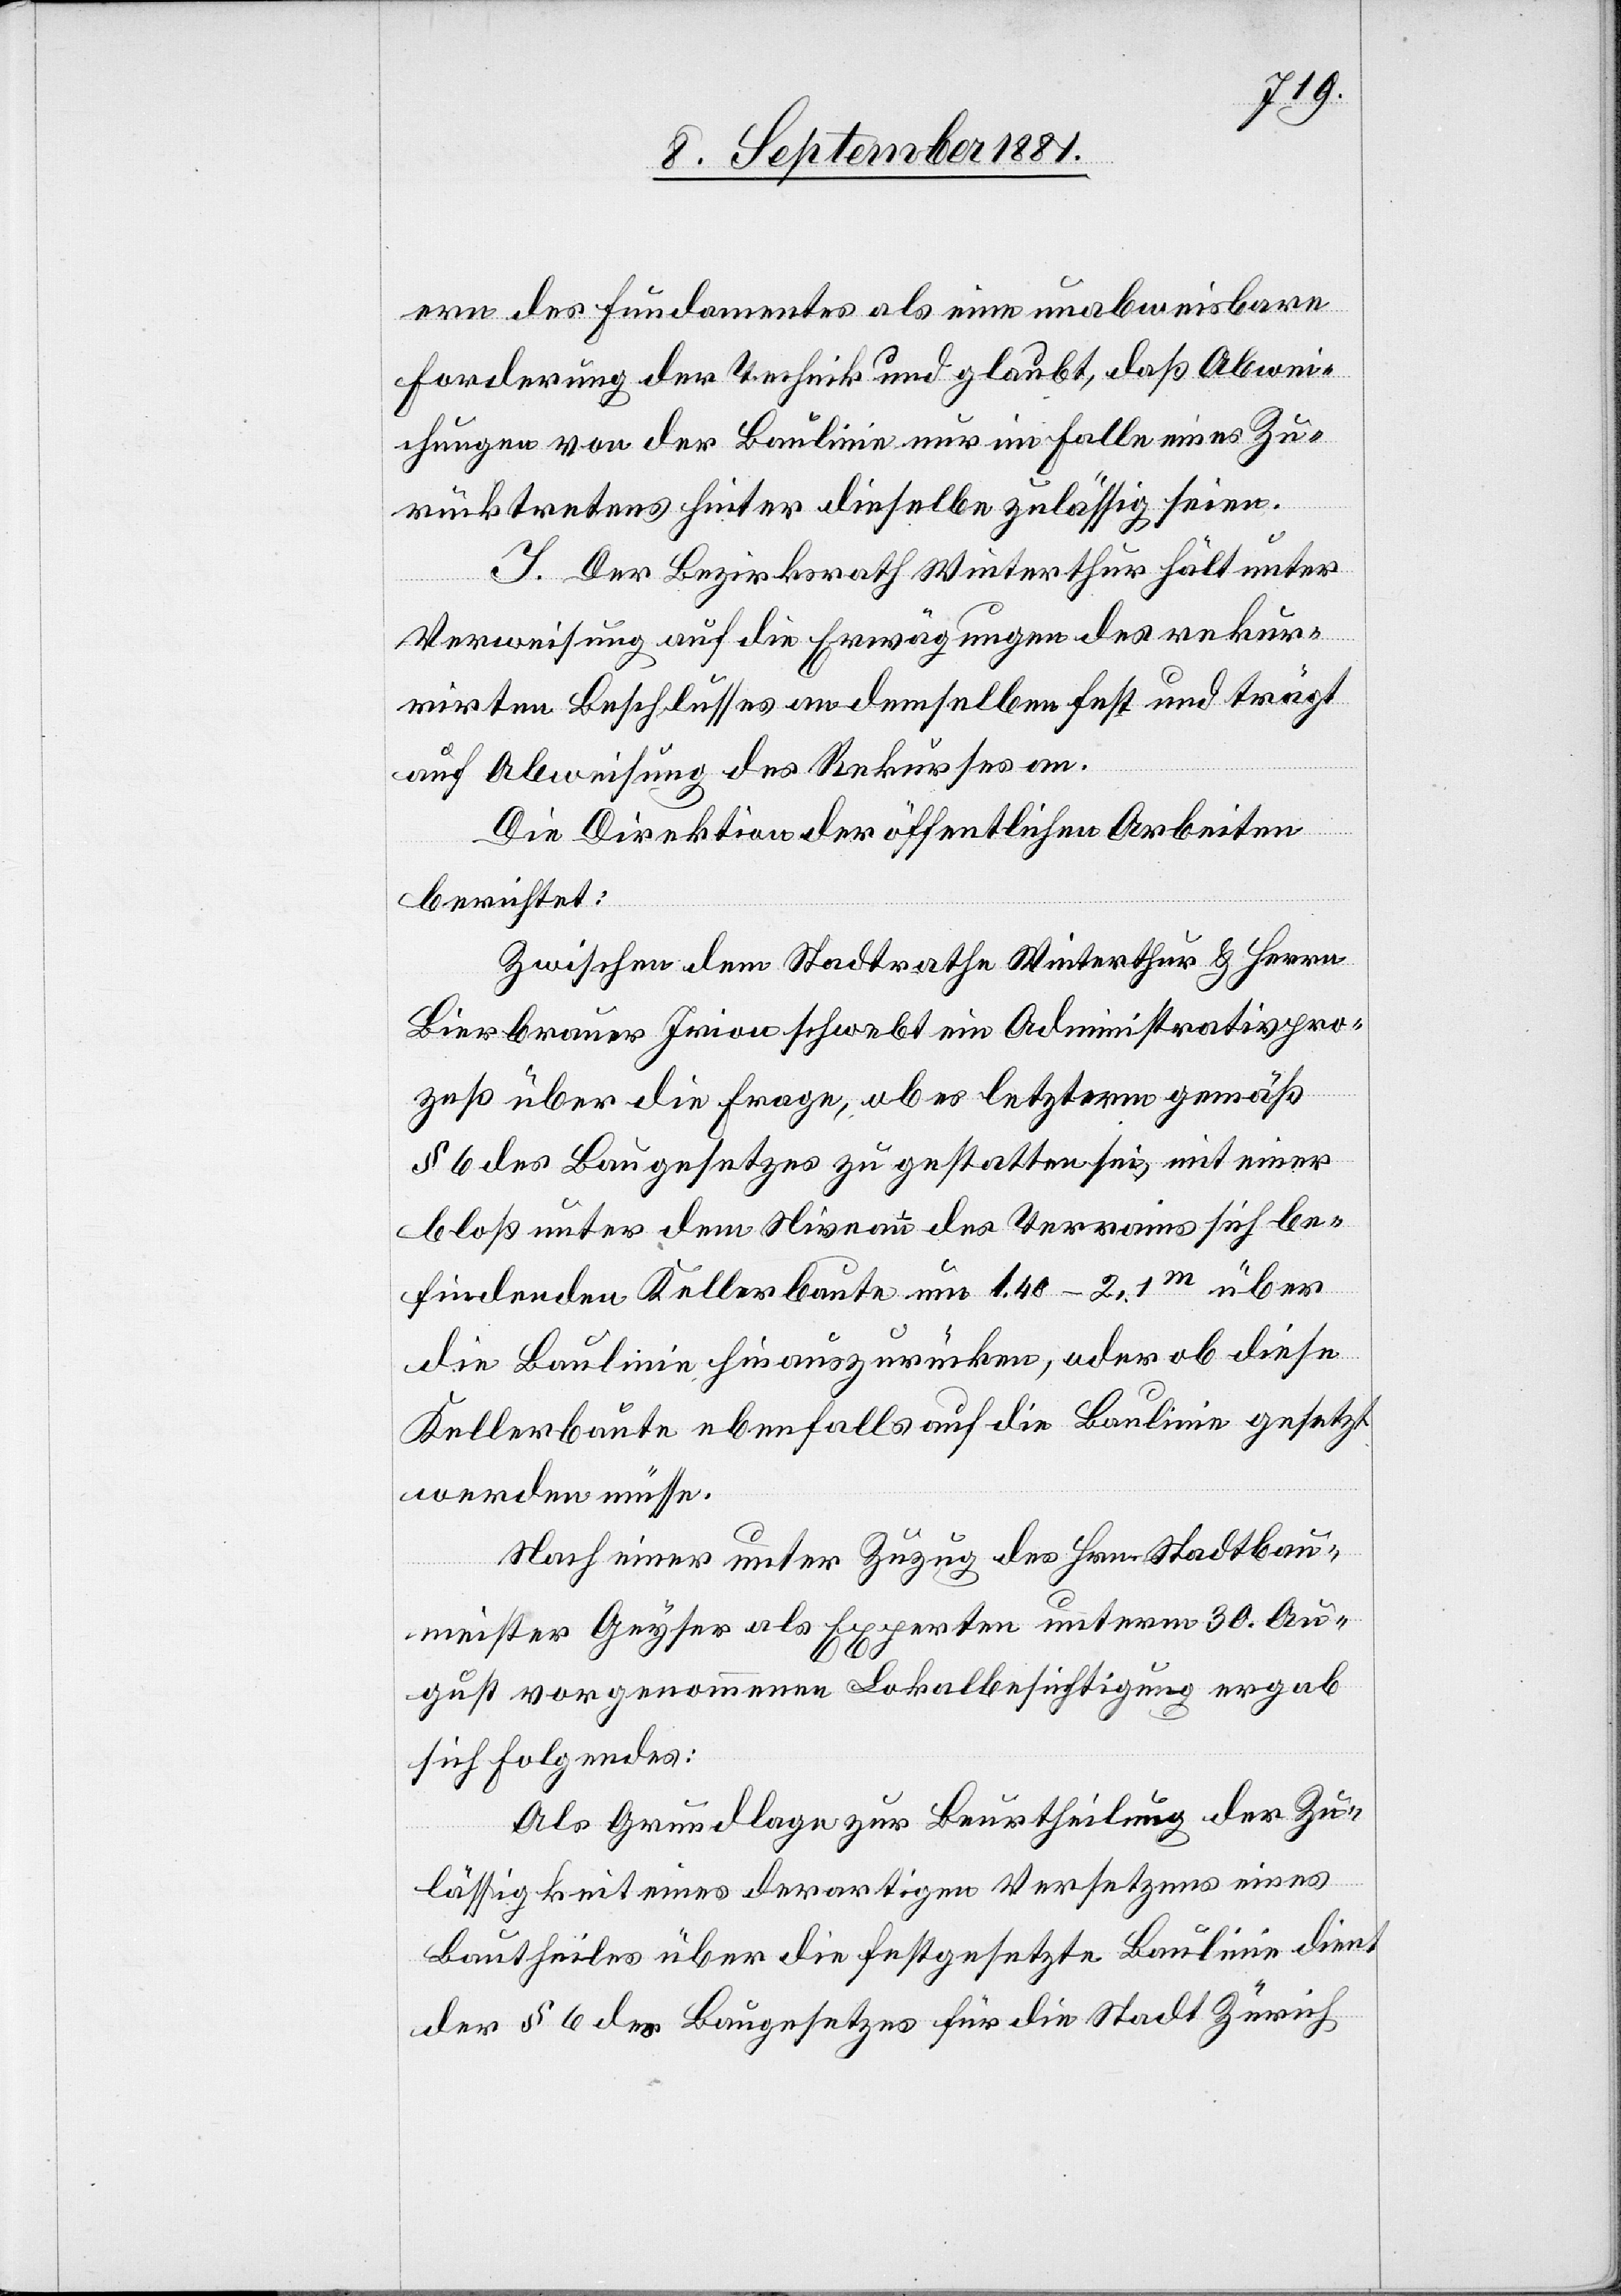
ern des Fundamentes als eine unabweisbare
Forderung der Technik und glaubt, daß Abwei¬
chungen von der Baulinie nur im Falle eines Zu¬
rücktretens hinter dieselbe zulässig seien.
I. Der Bezirksrath Winterthur hält unter
Verweisung auf die Erwägungen des rekur¬
rirten Beschlusses an dem selben fest und trägt
auf Abweisung des Rekurses an.
Die Direktion der öffentlichen Arbeiten
berichtet:
Zwischen dem Stadtrathe Winterthur & Herrn
Bierbrauer Irion schwebt ein Administrativpro¬
zeß über die Frage, ob es letzterm gemäß
§ 6 des Baugesetzes zu gestatten sei, mit einer
bloß unter dem Niveau des Terrains sich be¬
findenden Kellerbaute um 1,40–2,1m über
werden müsse.
Nach einer unter Zuzug des Hrn. Stadtbau¬
meister Gryter als Experten unterm 30. Au¬
gust vorgenommenen Lokalbesichtigung ergab
sich Folgendes:
Als Grundlage zur Beurtheilung der Zu¬
lässigkeit eines derartigen Versetzens eines
Bautheiles über die festgesetzte Baulinie dient
der § 6 des Baugesetzes für die Stadt Zürich